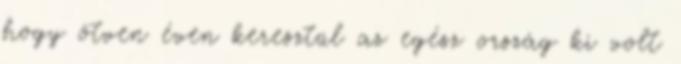
hogy ötven éven keresztül az egész ország ki volt